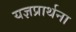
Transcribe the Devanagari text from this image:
यज्ञप्रार्थना